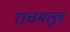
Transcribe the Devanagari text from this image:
राचमल्लु